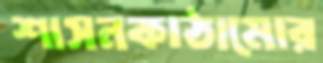
শাসনকাঠামোর